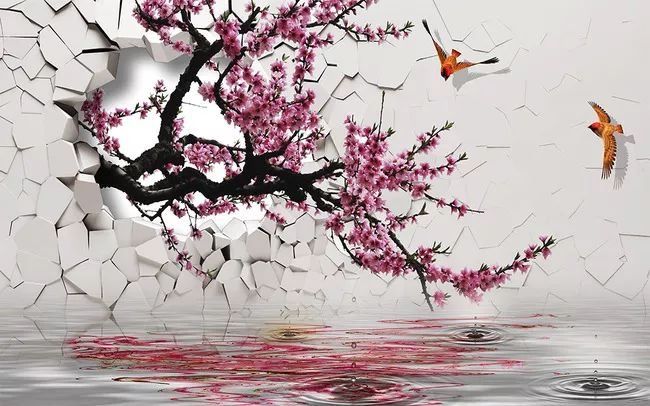
一枝红杏出墙头，墙外行人正独愁。